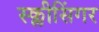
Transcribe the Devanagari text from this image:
स्क्लीसिंगर